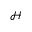
\mathcal { H }